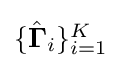
{\textstyle \{{\hat {\mathbf {\Gamma } }}_{i}\}_{i=1}^{K}}